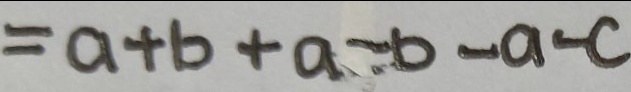
= a + b + a - b - a - c